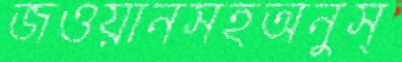
জওয়ানসহঅনুস্